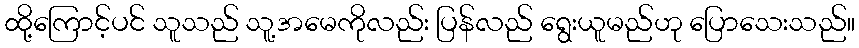
ထို့ကြောင့်ပင် သူသည် သူ့အမေကိုလည်း ပြန်လည် ရွေးယူမည်ဟု ပြောသေးသည်။